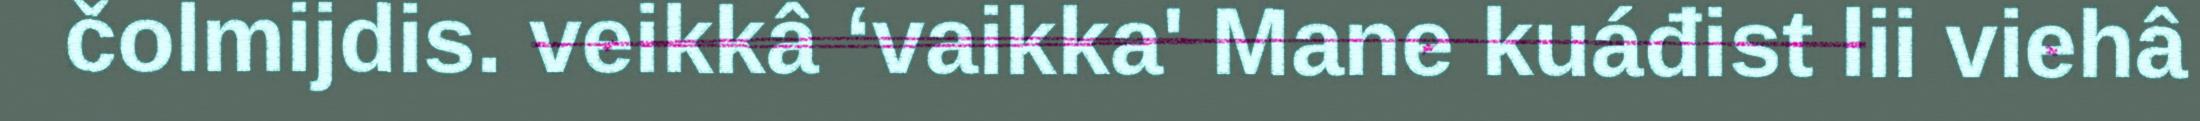
čolmijdis. veikkâ ‘vaikka' Mane kuáđist lii viehâ